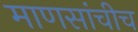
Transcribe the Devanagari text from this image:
माणसांचीच